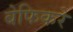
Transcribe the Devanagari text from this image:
बेफिकरे